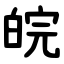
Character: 皖